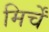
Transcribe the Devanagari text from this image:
मिर्चें